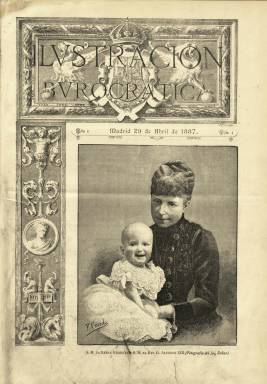
Título: La Ilustración burocrática
Colección: Revistas de información general
Ámbito geográfico: Madrid
Lugar de publicación: Madrid
Fechas: 29/04/1887-29/04/1887

Se trata de una publicación que debió tirar sólo su primera entrega, correspondiente al 29 de abril de 1887, de ocho páginas, compuestas a dos columnas, en el madrileño Establecimiento Tipográfico de Enrique Rubiños, con la intención de ofrecer dos ediciones, una “esmerada” y otra de “gran lujo”. Se subtitula “revista hispano-colonial”, indicando así su ámbito de difusión, y su intención era salir cuatro días al mes (semanal), utilizando el “sistema moderno del fotograbado” (aunque usaría también el de fototipia y el grabado en madera), para ofrecer retratos con biografías de altos funcionarios del Estado y otras fotografías y textos sobre asuntos de bellas artes, historia e industria, como edificios, palacios, salones u objetos de arte, además de literatura y bibliografía.

Su título se refiere al concepto de “buró” como lugar de estudio y trabajo, tal como se indica en el Proemio que firma el periodista Manuel María Guerra, que pudo ser su editor y director. Inserta un cuadro en el que da cuenta también que su director artístico era Primitivo Carcedo; los fotógrafos, Fernando Debas, que lo era de cámara de la Casa Real, y J. Laurent, y los fotograbadores, los hermanos La Porta.

Se dice “defensor de los intereses” de los funcionarios y de bancos, sociedades y empresas, y en el primer y único número en la colección de la Biblioteca Nacional de España ofrece una portada ocupada por una fotografía de Debas de la Reina regente con su pequeño hijo el rey Alfonso XIII, y en su interior aparecen también una reproducción de un cuadro de Enrique Rumoroso de la Feria de Sevilla, así como las fotografías de la fachada del Palacio de Linares y la verja del mismo y del ático de la fachada principal del Congreso de los Diputados. Como textos, se incluyen una semblanza de la reina madre y del rey, firmada por Tomás Castellanos, y el artículo El porvenir de España, bajo las iniciales J.S.A.